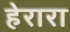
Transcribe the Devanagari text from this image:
हेरारा